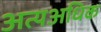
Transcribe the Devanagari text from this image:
अत्यअधिक